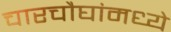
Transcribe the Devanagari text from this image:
चारचौघांमध्ये